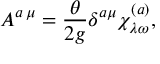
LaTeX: A ^ { a \, \mu } = \frac { \theta } { 2 g } \delta ^ { a \mu } \chi _ { \lambda \omega } ^ { ( a ) } ,